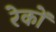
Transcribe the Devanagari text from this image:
रेकों